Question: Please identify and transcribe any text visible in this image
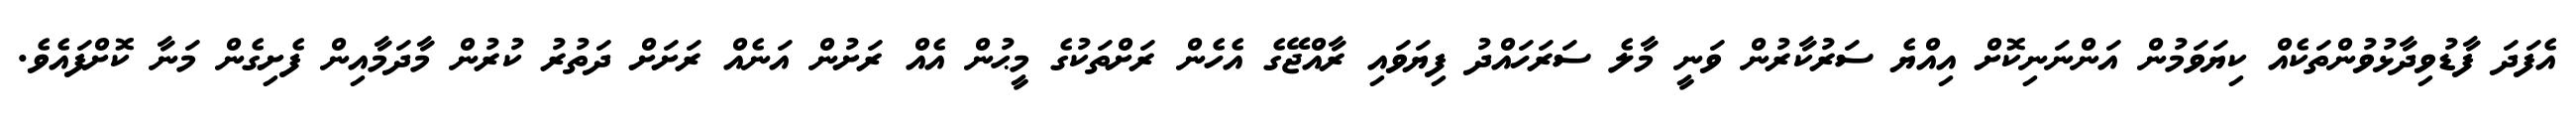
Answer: އެފަދަ ފާޑުވިދާޅުވުންތަކެއް ކިޔަވަމުން އަންނަނިކޮށް އިއްޔެ ސަރުކާރުން ވަނީ މާލެ ސަރަހައްދު ފިޔަވައި ރާއްޖޭގެ އެހެން ރަށްތަކުގެ މީޙުން އެއް ރަށުން އަނެއް ރަށަށް ދަތުރު ކުރުން މާދަމާއިން ފެށިގެން މަނާ ކޮށްފައެވެ.